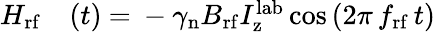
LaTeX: \begin{array}{rl}{H_{\mathrm{rf}}}&{{}(t)~{=}~-\gamma_{\mathrm{n}}B_{\mathrm{rf}}I_{\mathrm{z}}^{\mathrm{lab}}\cos{(2\pi\, f_{\mathrm{rf}}\, t)}}\end{array}